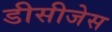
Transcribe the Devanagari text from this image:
डीसीजेस